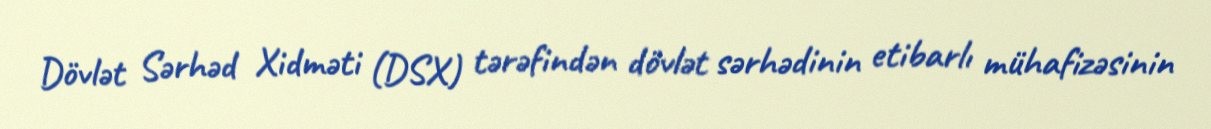
Dövlət Sərhəd Xidməti (DSX) tərəfindən dövlət sərhədinin etibarlı mühafizəsinin